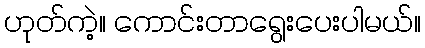
ဟုတ်ကဲ့။ ကောင်းတာရွေးပေးပါမယ်။